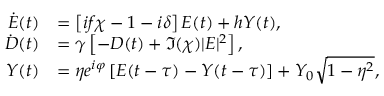
\begin{array} { r l } { \dot { E } ( t ) } & { = \left[ i f \chi - 1 - i \delta \right] E ( t ) + h Y ( t ) , } \\ { \dot { D } ( t ) } & { = \gamma \left[ - D ( t ) + \Im ( \chi ) | E | ^ { 2 } \right] , } \\ { Y ( t ) } & { = \eta e ^ { i \varphi } \left[ E ( t - \tau ) - Y ( t - \tau ) \right] + Y _ { 0 } \sqrt { 1 - \eta ^ { 2 } } , } \end{array}